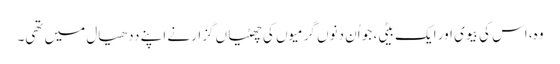
وہ، اس کی بیوی اور ایک بیٹی، جو اُن دنوں گرمیوں کی چھٹیاں گزارنے اپنے ددھیال میں تھی۔